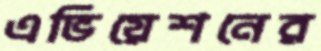
এভিয়েশনের